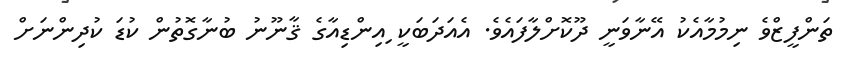
ތަންފީޒްވެ ނިމުމާއެކު އޭނާވަނީ ދޫކޮށްލާފައެވެ. އެއަދަބަކީ ިއިންޑިއާގެ ޤާނޫނު ބުނާގޮތުން ކުޑަ ކުދިންނަށް